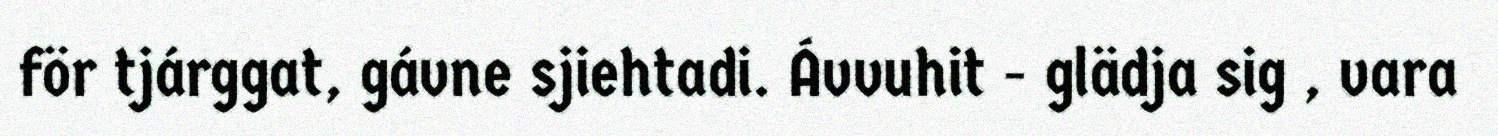
för tjárggat, gávne sjiehtadi. Ávvuhit - glädja sig , vara